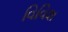
વિવિશ